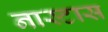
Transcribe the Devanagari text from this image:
नास्टास